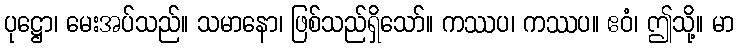
ပုဋ္ဌော၊ မေးအပ်သည်။ သမာနော၊ ဖြစ်သည်ရှိသော်။ ကဿပ၊ ကဿပ။ ဧဝံ၊ ဤသို့။ မာ